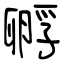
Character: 孵